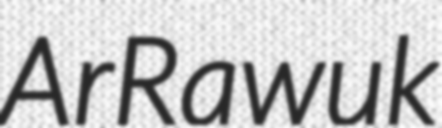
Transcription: Ar Rawuk